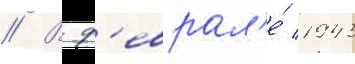
// В ф'еврал'е́ 1943